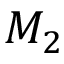
M _ { 2 }